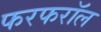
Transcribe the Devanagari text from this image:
फरफरॉल